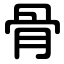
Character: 骨